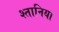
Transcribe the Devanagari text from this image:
श्तानिया